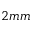
2 m m